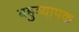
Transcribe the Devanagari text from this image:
बहुव्यापक